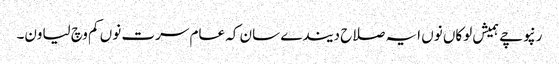
رنپوچے ہمیش لوکاں نوں ایہ صلاح دیندے سان کہ عام سرت نوں کم وچ لیاون۔